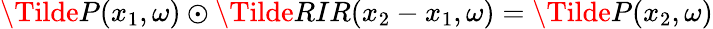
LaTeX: \Tilde{P}(x_{1},\omega)\odot\Tilde{RIR}(x_{2}-x_{1},\omega)=\Tilde{P}(x_{2},\omega)